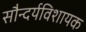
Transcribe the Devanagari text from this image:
सौन्दर्यविशायक